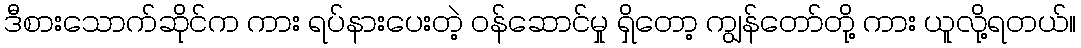
ဒီစားသောက်ဆိုင်က ကား ရပ်နားပေးတဲ့ ဝန်ဆောင်မှု ရှိတော့ ကျွန်တော်တို့ ကား ယူလို့ရတယ်။